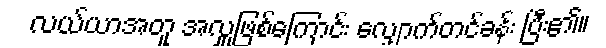
လယ်ယာအတူ အလှူဖြစ်ကြောင်း လျှောက်တင်ခန်း ပြီး၏။